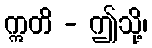
ဣတိ - ဤသို့၊